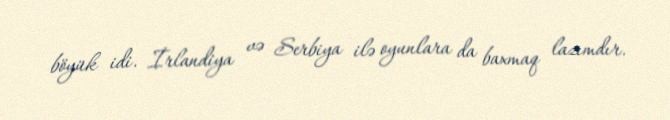
böyük idi. İrlandiya və Serbiya ilə oyunlara da baxmaq lazımdır.